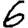
Digit: 6